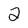
Character: 2